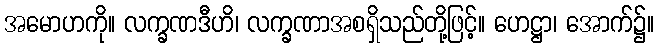
အမောဟကို။ လက္ခဏဒီဟိ၊ လက္ခဏာအစရှိသည်တို့ဖြင့်။ ဟေဋ္ဌာ၊ အောက်၌။